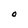
Character: O